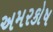
અમરકોષ